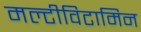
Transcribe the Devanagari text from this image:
मल्टीविटामिन